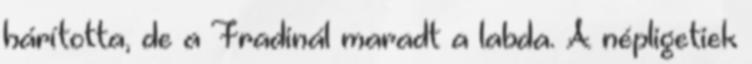
hárította, de a Fradinál maradt a labda. A népligetiek